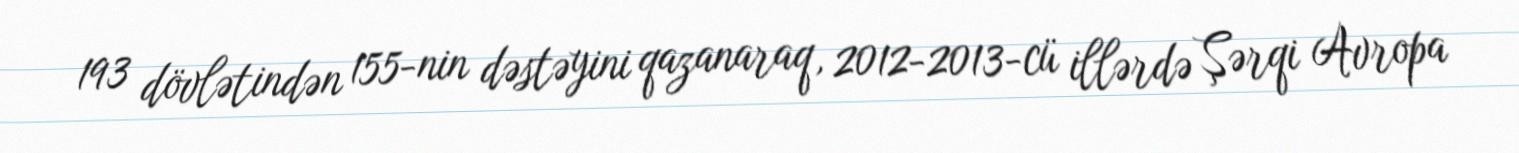
193 dövlətindən 155-nin dəstəyini qazanaraq, 2012-2013-cü illərdə Şərqi Avropa